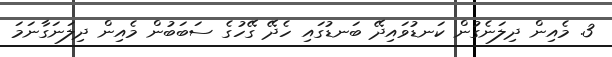
3. މެއިން ދިލަނެގުން ކަނޑުވައިދޭ ބަނޑުގައި ހެދޭ ގޭހުގެ ސަބަބުން މެއިން ދިލަނަގާނަމަ